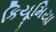
કિયૂમિયા